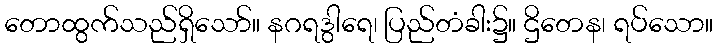
တောထွက်သည်ရှိသော်။ နဂရဒွါရေ၊ ပြည်တံခါး၌။ ဌိတေန၊ ရပ်သော။